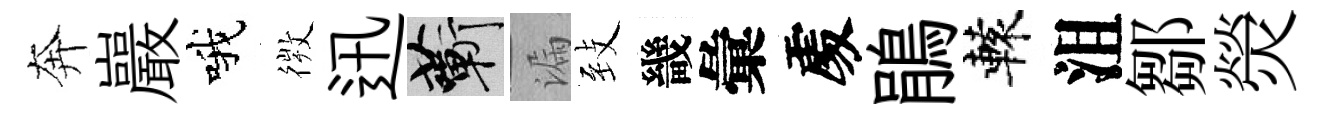
奔巖哦𢕄迅蔪漏𦤺畿彙𠁅鵑轅沮鄒熒